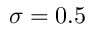
\sigma = 0 . 5